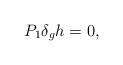
LaTeX: \begin{align*}P_1 \delta_g h = 0, \end{align*}